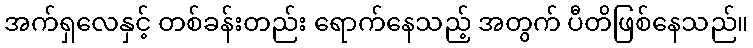
အက်ရှလေနှင့် တစ်ခန်းတည်း ရောက်နေသည့် အတွက် ပီတိဖြစ်နေသည်။